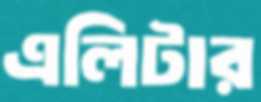
এলিটার